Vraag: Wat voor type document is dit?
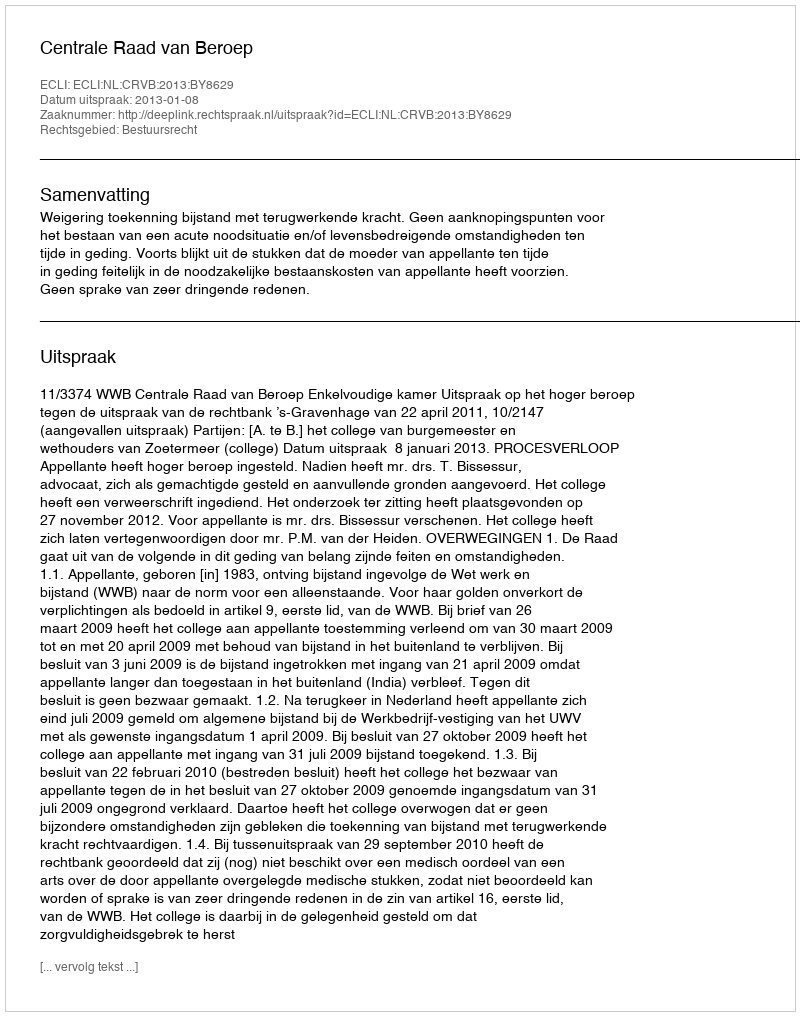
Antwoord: Uitspraak